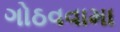
ગોઠવવામા